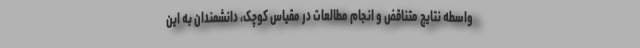
واسطه نتایج متناقض و انجام مطالعات در مقیاس کوچک، دانشمندان به این